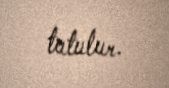
tutulur.